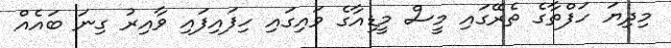
މިދިޔަ ހަފްތާގެ ތެރޭގައި މީސް މީޑިއާގެ ވައިގައި ހިފައިފައި ވާއިރު ގިނަ ބައެއް